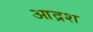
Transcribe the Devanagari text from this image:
आद्रश